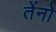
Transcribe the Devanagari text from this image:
तेंनो